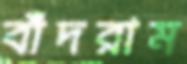
বাঁদরাম